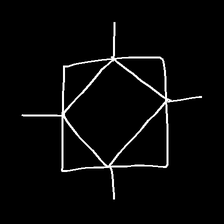
Glyph: light